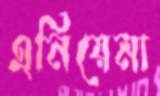
এনিয়েমা